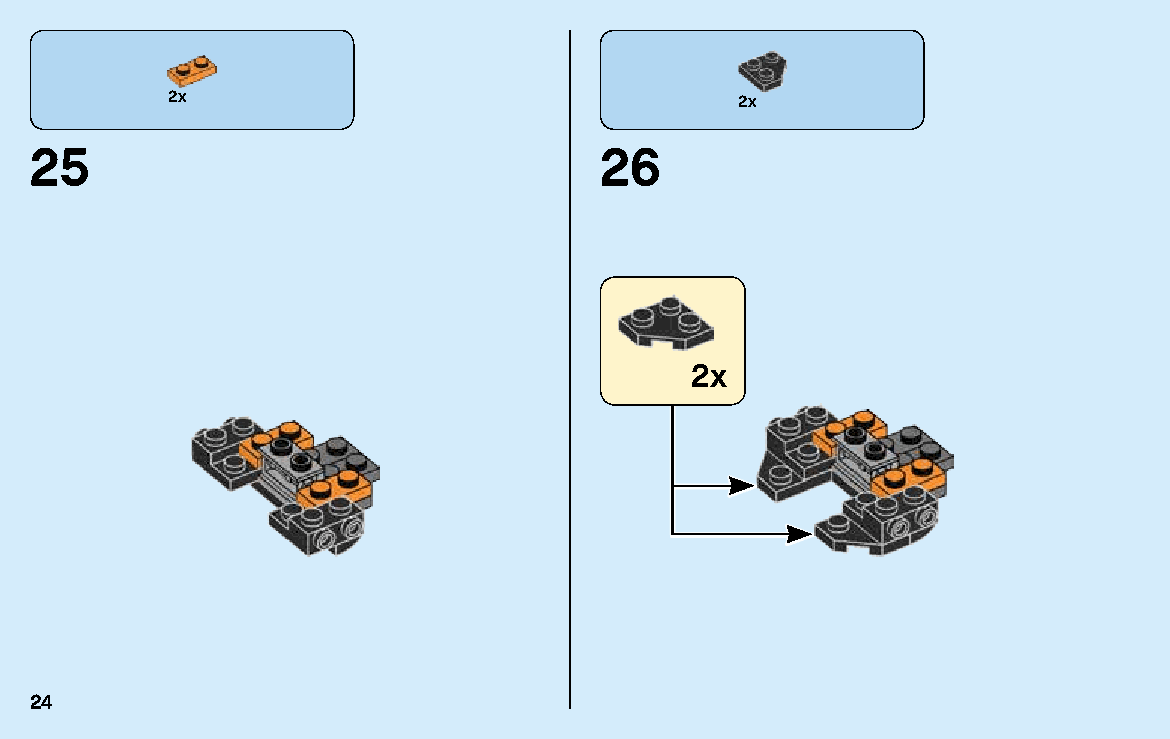
2x                                    2x
 25                                    26
 2x
 24